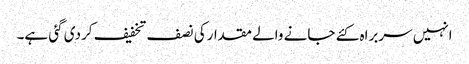
انہیں سربراہ کئے جانے والے مقدارکی نصف تخفیف کردی گئی ہے۔